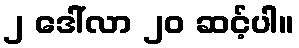
၂ ဒေါ်လာ ၂၀ ဆင့်ပါ။